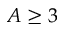
A \geq 3